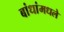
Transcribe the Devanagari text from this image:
बांधांमधले